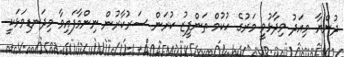
ދުންޔާ މިއަދު ވިދާޅުވީ މަރުގެ ހުކުމް ތަންފީޒު ކުރަން ސަރުކާރުން ނިންމާފައިވާ މިދަނޑިވަޅަކީ